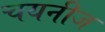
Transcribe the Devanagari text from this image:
चयनीज